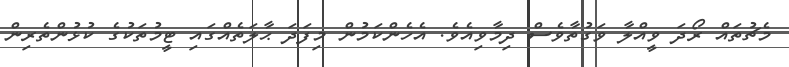
މެޗުތައް ރޯދަ ވީއްލާ ވަގުތާވެސް ދިމާވިއެވެ. އެހެންކަމުން މިފަދަ ޙާލަތެއްގައި ޓީމުތަކުގެ ކުޅުންތެރިން